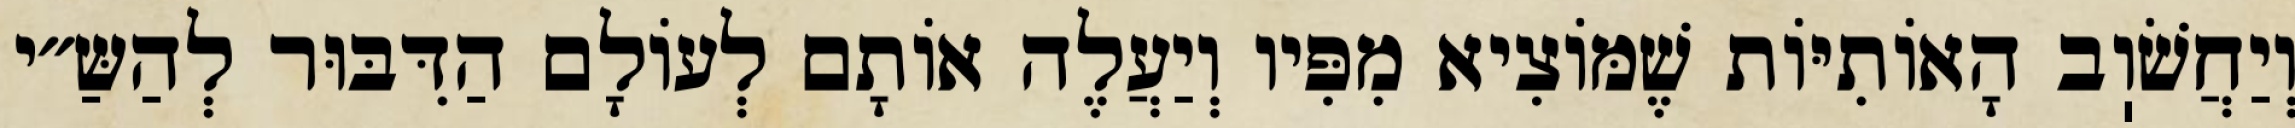
וְיַחֲשֹׁוֽב הָאוֹתִיּוֹת שֶׁמּוֹצִיא מִפִּיו וְיַעֲלֶה אוֹתָם לְעוֹלָם הַדִּבּוּר לְהַשַּ״י